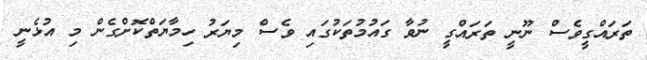
ތަރައްގީވެސް ނޫނީ ތަރައްގީ ނުވާ ގައުމުތަކުގައި ވެސް މިޔަރު ހިމާޔަތްކޮށްގެން މި އުޅެނީ